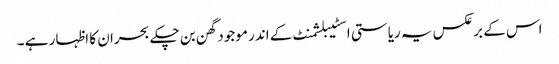
اس کے برعکس یہ ریاستی اسٹیبلشمنٹ کے اندر موجود گھن بن چکے بحران کا اظہار ہے ۔